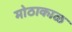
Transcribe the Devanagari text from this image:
मोठाकाळ